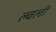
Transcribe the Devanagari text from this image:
ल्वली